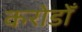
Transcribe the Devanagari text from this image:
करोडोँ